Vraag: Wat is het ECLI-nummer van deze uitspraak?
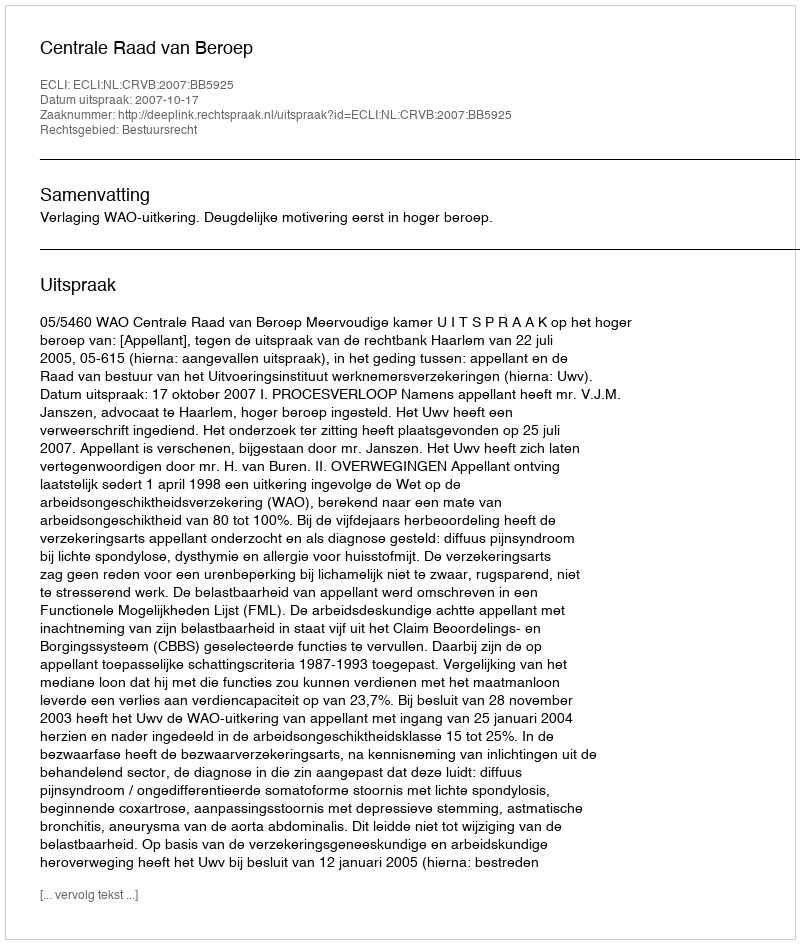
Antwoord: ECLI:NL:CRVB:2007:BB5925